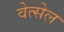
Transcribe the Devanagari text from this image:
वेत्सेल